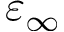
\varepsilon _ { \infty }